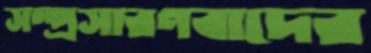
সম্প্রসারণবাদের